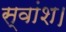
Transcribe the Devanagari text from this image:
स्वांश।